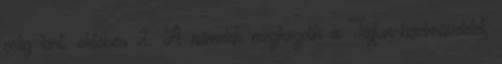
estig tart. október 2. A németek megkezdik a Tájfun-hadmûveletet,